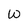
Character: w